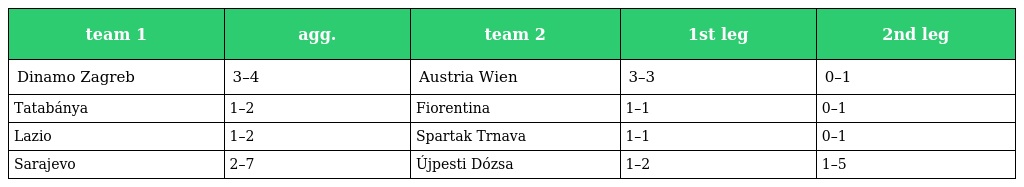
| team 1 | agg. | team 2 | 1st leg | 2nd leg |
 | --- | --- | --- | --- | --- |
 | Dinamo Zagreb | 3–4 | Austria Wien | 3–3 | 0–1 |
 | Tatabánya | 1–2 | Fiorentina | 1–1 | 0–1 |
 | Lazio | 1–2 | Spartak Trnava | 1–1 | 0–1 |
 | Sarajevo | 2–7 | Újpesti Dózsa | 1–2 | 1–5 |